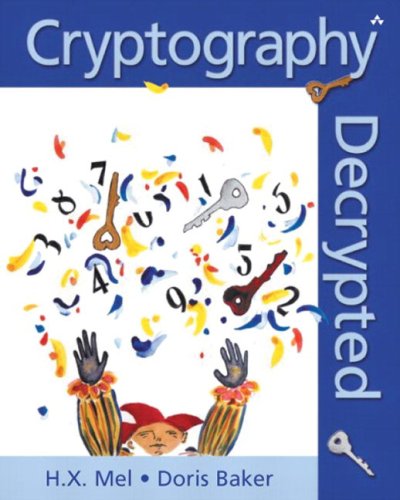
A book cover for Cryptography Decrypted; H. X. Mel; Computers & Technology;